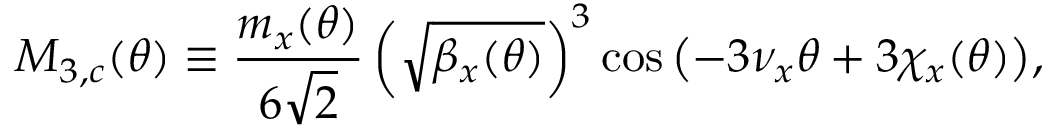
M _ { 3 , c } ( \theta ) \equiv \frac { m _ { x } ( \theta ) } { 6 \sqrt 2 } \left( \sqrt { \beta _ { x } ( \theta ) } \right) ^ { 3 } \cos { \left( - 3 \nu _ { x } \theta + 3 \chi _ { x } ( \theta ) \right) } ,